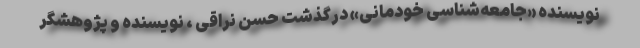
نویسنده «جامعه‌شناسی خودمانی» درگذشت حسن نراقی ، نویسنده و پژوهشگر